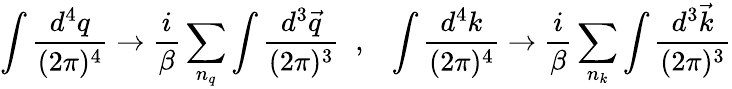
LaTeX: \int{\frac{d^{4}q}{(2\pi)^{4}}}\rightarrow{\frac{i}{\beta}}\sum_{n_{q}}\int{\frac{d^{3}{\vec{q}}}{(2\pi)^{3}}}\; \; ,\; \; \; \int{\frac{d^{4}k}{(2\pi)^{4}}}\rightarrow{\frac{i}{\beta}}\sum_{n_{k}}\int{\frac{d^{3}{\vec{k}}}{(2\pi)^{3}}}